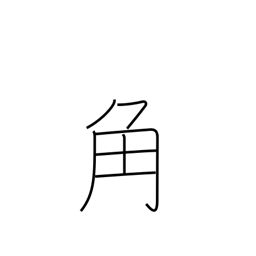
Meaning: square